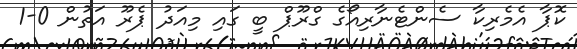
ކޮޕާ އެމެރިކާ ސެންޓެނާރިއޯގެ ގްރޫޕް ބީ ގައި މިއަދު ޕެރޫ އަތުން 0-1